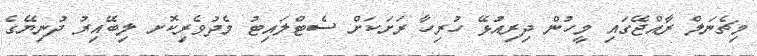
މިޗެނަލް ރާއްޖޭގައި މީހުން ދިރިއުޅޭ ހުރިހާ ރަށަކަށް ސެޓްލައިޓު މެދުވެރިކޮށ ލިބޭއިރު ދުނިޔޭގެ